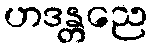
ဟဒန္တညေ